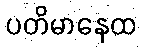
ပတိမာနေထ